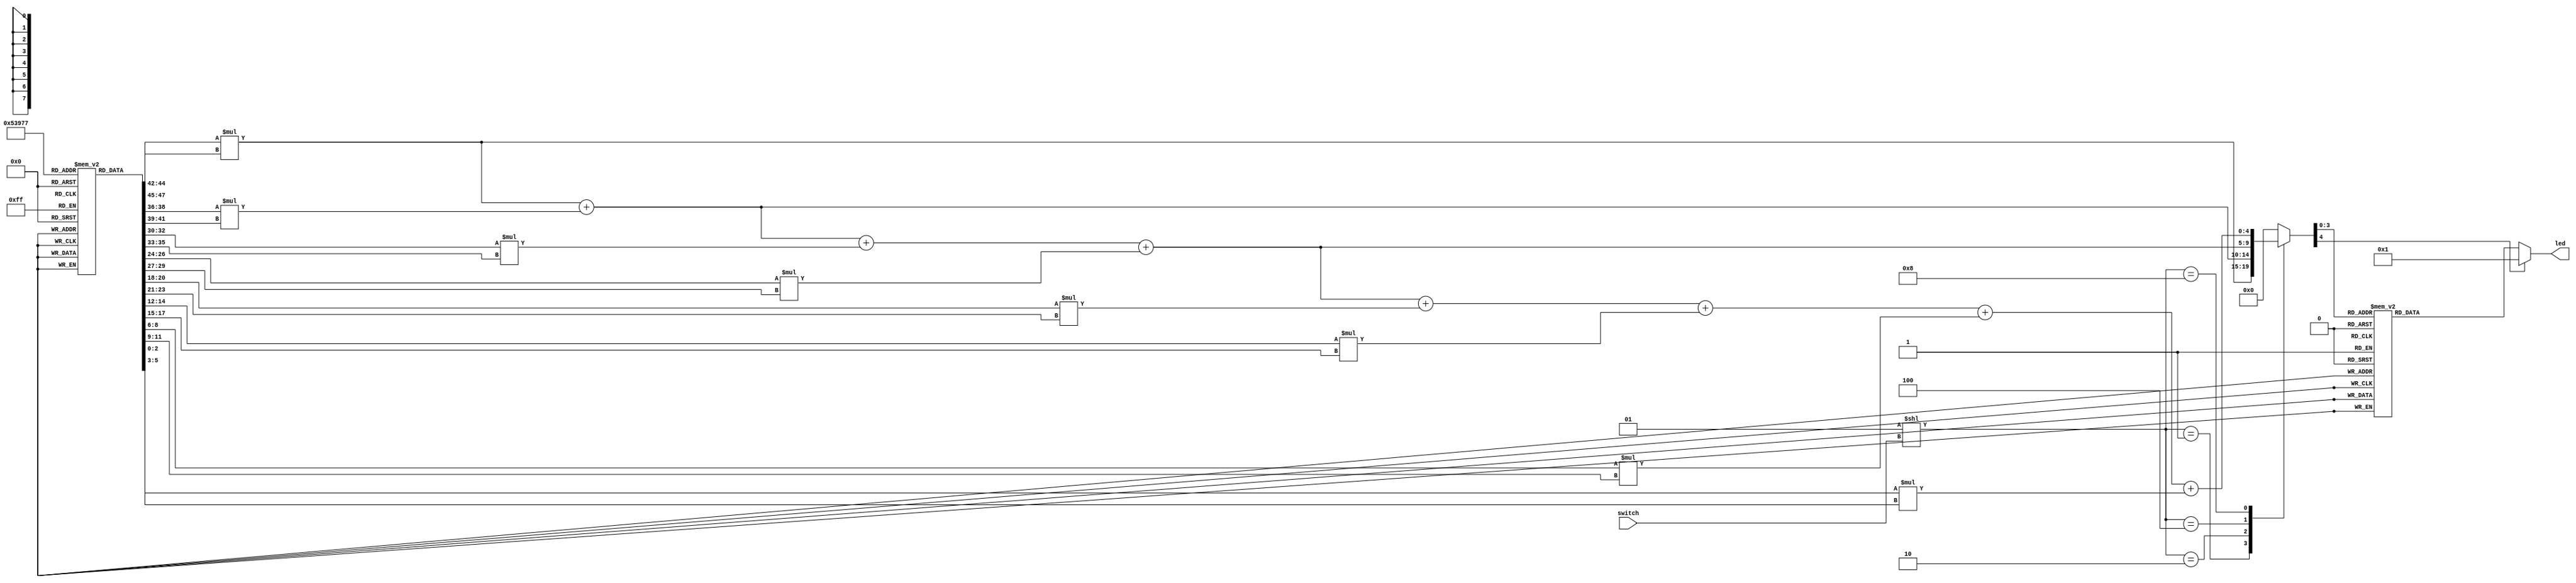
module Task1(
input[1:0] switch,
output[6:0] led
);

reg[5:0] ROM[0:7];
reg[4:0] correlator;
reg[6:0] led;
wire[3:0] N;

assign N=2**(switch);

always @(*)
begin
 case(correlator)
 0: led = 7'b0000001; // "0"  
 1: led = 7'b1001111; // "1" 
 2: led = 7'b0010010; // "2" 
 3: led = 7'b0000110; // "3" 
 4: led = 7'b1001100; // "4" 
 5: led = 7'b0100100; // "5" 
 6: led = 7'b0100000; // "6" 
 7: led = 7'b0001111; // "7" 
 8: led = 7'b0000000; // "8"  
 9: led = 7'b0000100; // "9" 
 default: led = 7'b0000001; // "0"
 endcase
end

initial
begin
ROM[0]=6'b001001;
ROM[1]=6'b001001;
ROM[2]=6'b001001;
ROM[3]=6'b001001;
ROM[4]=6'b001001;
ROM[5]=6'b001001;
ROM[6]=6'b001001;
ROM[7]=6'b001001;
end

always@(*)
begin
case(N)
1:correlator=ROM[0][2:0]*ROM[0][5:3];
2:correlator=ROM[0][2:0]*ROM[0][5:3] + ROM[1][2:0]*ROM[1][5:3];
4:correlator=ROM[0][2:0]*ROM[0][5:3] + ROM[1][2:0]*ROM[1][5:3]+ROM[2][2:0]*ROM[2][5:3] + ROM[3][2:0]*ROM[3][5:3];
8:correlator=ROM[0][2:0]*ROM[0][5:3] + ROM[1][2:0]*ROM[1][5:3]+ROM[2][2:0]*ROM[2][5:3] + ROM[3][2:0]*ROM[3][5:3]+ROM[4][2:0]*ROM[4][5:3] + ROM[5][2:0]*ROM[5][5:3]+ROM[6][2:0]*ROM[6][5:3] + ROM[7][2:0]*ROM[7][5:3];
default:correlator=0;
endcase
end
endmodule